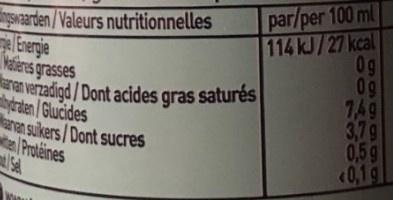
par/per 100 ml 114 kJ/27 kcal 0g 09 749 3,79 0,59 0,1g
Swaarden/Valeurs nutritionnelles Energie Vatieres grasses
haren verzadigd / Dont acides gras saturés hyrden/Glucides aran sulkers / Dont sucres tel Proteines